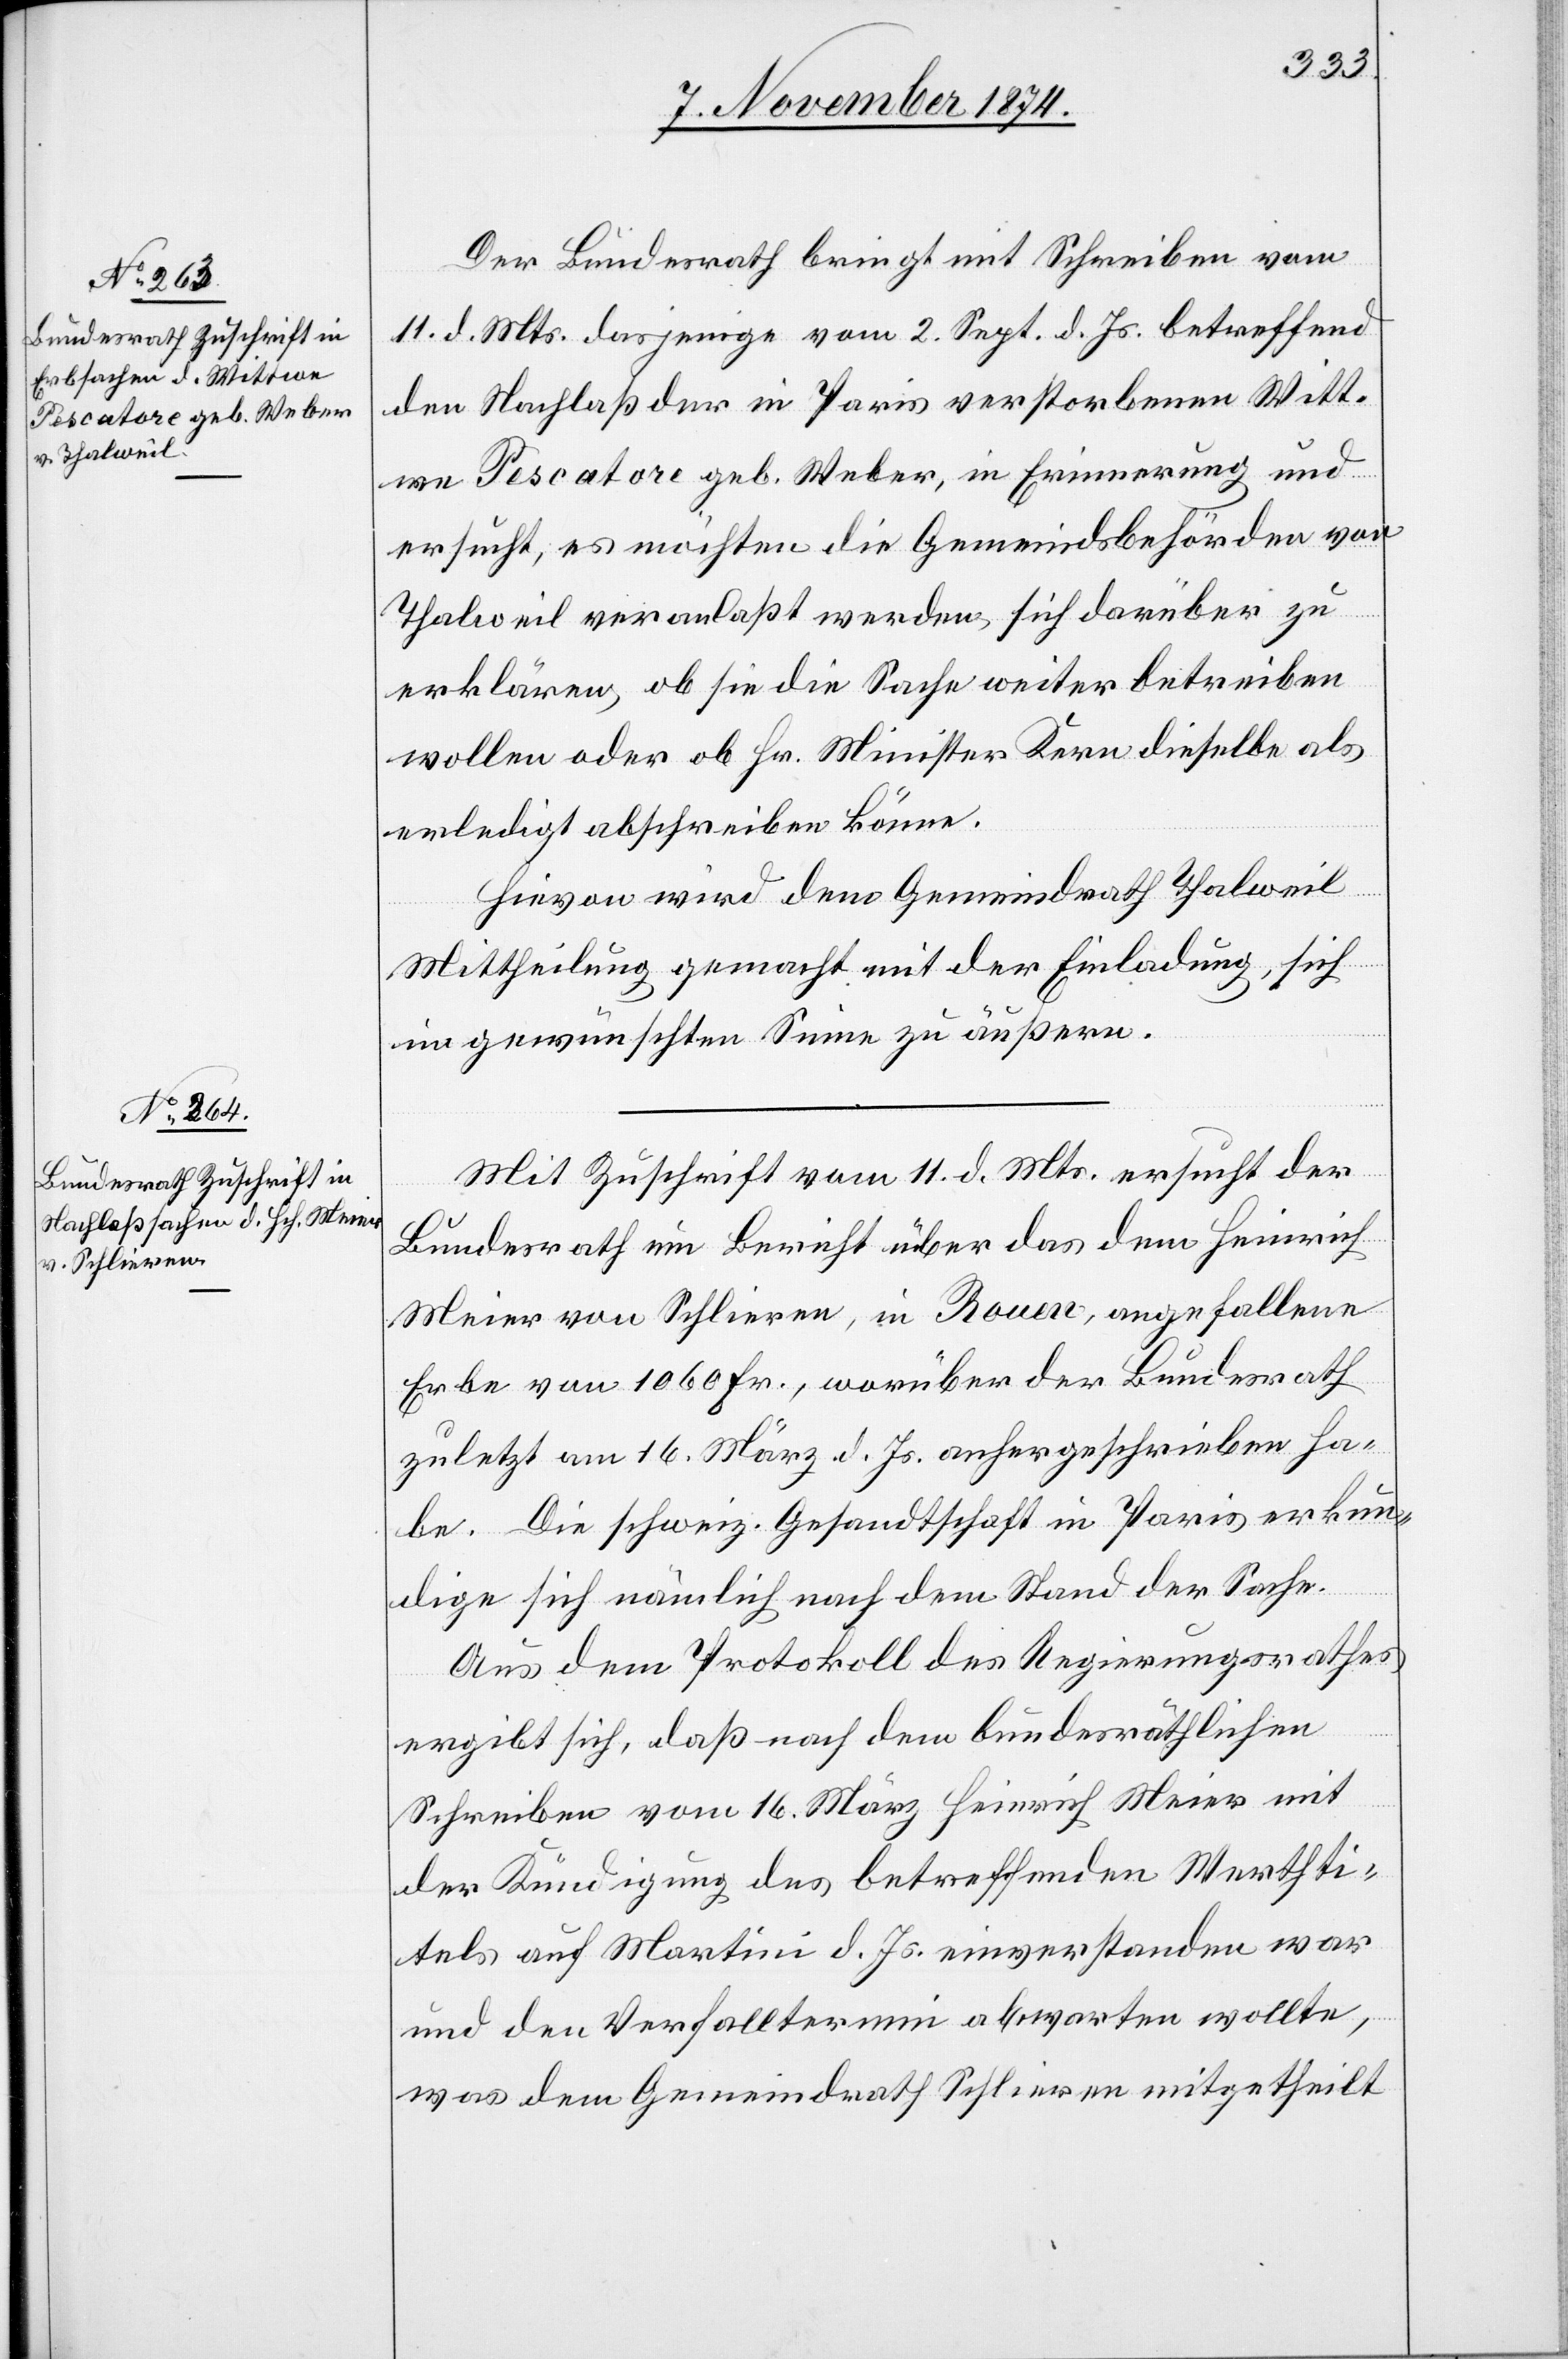
13. November 1874.]
Der Bundesrath bringt mit Schreiben vom
11. d. Mts. dasjenige vom 2. Sept. d. Js. betreffend
den Nachlaß der in Paris verstorbenen Witt¬
we Pescatore geb. Weber, in Erinnerung und
ersucht, es möchten die Gemeindsbehörden von
Thalweil veranlaßt werden, sich darüber zu
erklären, ob sie die Sache weiter betreiben
wollen oder ob Hr. Minister Kern dieselbe als
erledigt abschreiben könne.
Hievon wird dem Gemeindrath Thalweil
Mittheilung gemacht mit der Einladung, sich
im gewünschten Sinne zu äußern.
Mit Zuschrift vom 11. d. Mts. ersucht der
Bundesrath im Bericht über das dem Heinrich
Meier von Schlieren, in Rouen, angefallene
Erbe von 1060 Fr., worüber der Bundesrath
zuletzt am 16. März d. Js. anhergeschrieben ha¬
be. Die schweiz. Gesandtschaft in Paris erkun¬
dige sich nämlich nach dem Stand der Sache.
Aus dem Protokoll des Regierungsrathes
ergibt sich, daß nach dem bundesräthlichen
Schreiben vom 16. März Heinrich Meier mit
der Kündigung des betreffenden Werthti¬
tels auf Martini d. Js. einverstanden war
und den Verfalltermin abwarten wollte,
was dem Gemeindrath Schlieren mitgetheilt